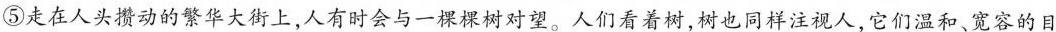
⑤走在人头攒动的繁华大街上，人有时会与一棵树对望。人们看着树，树也同样注视人，它们温和，宽容的目